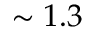
\sim 1 . 3